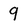
Character: 9